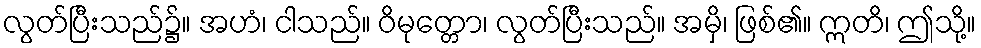
လွတ်ပြီးသည်၌။ အဟံ၊ ငါသည်။ ဝိမုတ္တော၊ လွတ်ပြီးသည်။ အမှိ၊ ဖြစ်၏။ ဣတိ၊ ဤသို့။